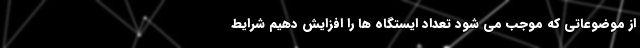
از موضوعاتی که موجب می شود تعداد ایستگاه ها را افزایش دهیم شرایط